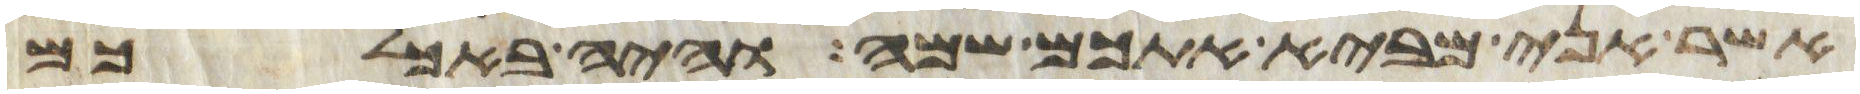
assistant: אשר אני מביא אתכם שמה והיה באכלכם